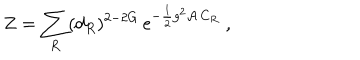
LaTeX: Z = \sum _ { R } ( d _ { R } ) ^ { 2 - 2 G } \, \mathrm { e } ^ { - { \frac { 1 } { 2 } } g ^ { 2 } { \cal A } \, C _ { R } } ~ ,